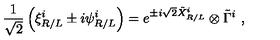
\frac { 1 } { \sqrt { 2 } } \left( \xi _ { R / L } ^ { i } \pm i \psi _ { R / L } ^ { i } \right) = e ^ { \pm i \sqrt { 2 } \tilde { X } _ { R / L } ^ { i } } \otimes \tilde { \Gamma } ^ { i } \ ,